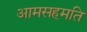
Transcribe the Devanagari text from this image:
आमसहमति